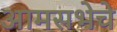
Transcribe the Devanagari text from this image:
आमसभेचे